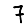
Digit: 7